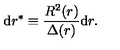
\mathrm { d } r ^ { * } \equiv \frac { R ^ { 2 } ( r ) } { \Delta ( r ) } \mathrm { d } r .